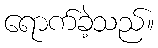
ရောက်ခဲ့သည်။